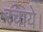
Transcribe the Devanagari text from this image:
रचाये।